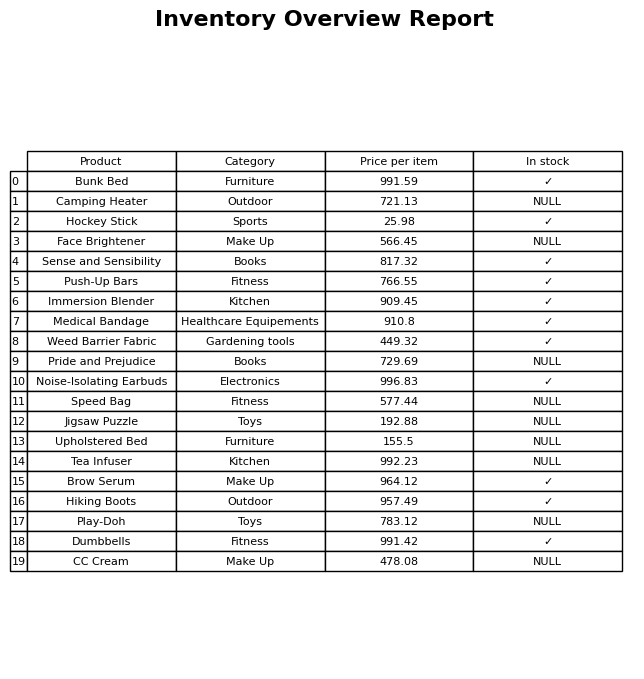
question: Is the Medical Bandage in stock?
answer: ✓